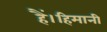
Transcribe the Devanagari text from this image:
हैं।हिमानी